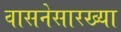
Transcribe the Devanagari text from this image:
वासनेसारख्या